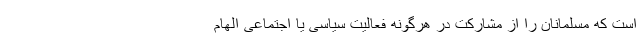
است که مسلمانان را از مشارکت در هرگونه فعالیت سیاسی یا اجتماعی الهام